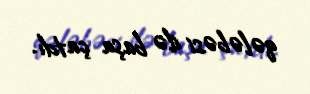
qələbəsi ilə başa çatdı.